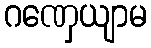
ဂဏှေယျာမ